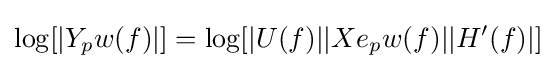
\log[|Y_{p}w(f)|]=\log[|U(f)||Xe_{p}w(f)||H'(f)|]